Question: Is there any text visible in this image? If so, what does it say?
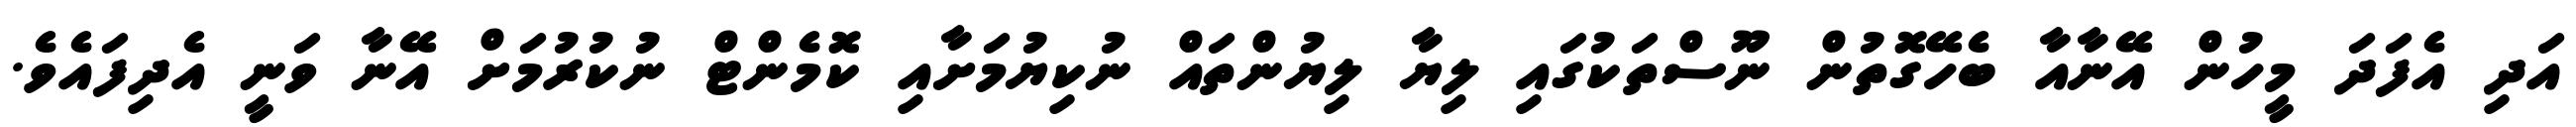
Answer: އަދި އެފަދަ މީހުން އޭނާއާ ބެހޭގޮތުން ނޫސްތަކުގައި ލިޔާ ލިޔުންތައް ނުކިޔުމަށާއި ކޮމެންޓް ނުކުރުމަށް އޭނާ ވަނީ އެދިފައެވެ.